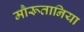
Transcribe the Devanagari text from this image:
मौरूतानिया